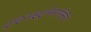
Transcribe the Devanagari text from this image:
ट्राइनाइट्रोरेसासिर्नेट